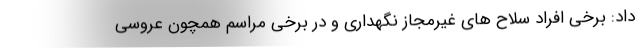
داد: برخی افراد سلاح های غیرمجاز نگهداری و در برخی مراسم همچون عروسی